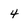
Character: 4